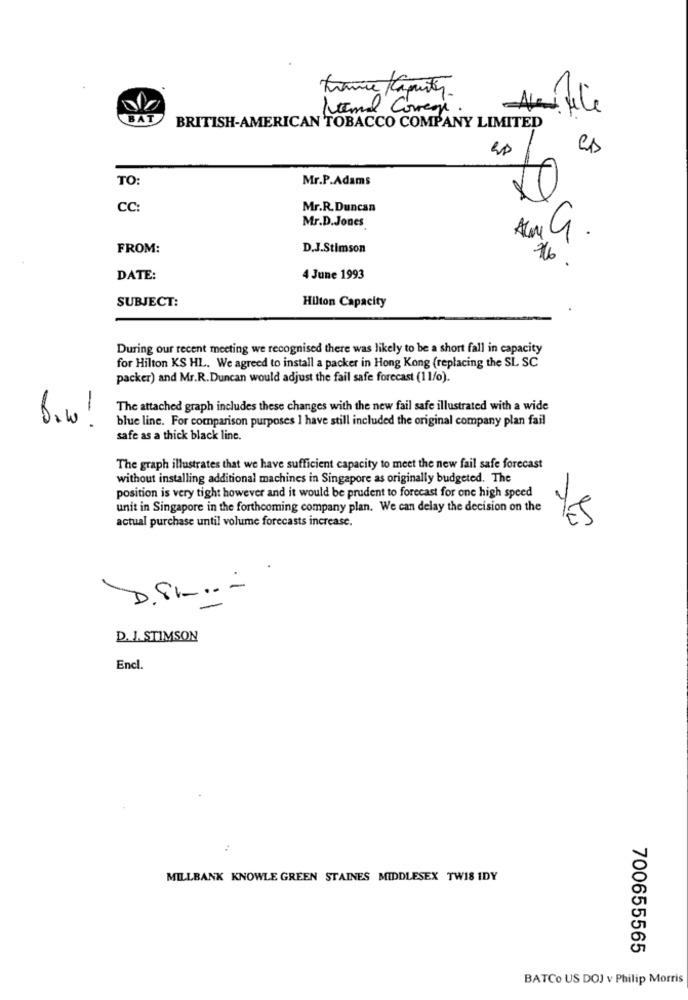
Kemal Correo.
BAT
BRITISH-AMERICAN TOBACCO COMPANY LIMITED
TO:
Mr.P.Adams
CC
Mr.R.Duncan
Mr.D.Jones
FROM:
D.J.Stimson
DATE:
4 June 1993
SUBJECT:
Hilton Capacity
During our recent meeting we recognised there was likely to be a short fall in capacity
for Hilton KS HL. We agreed to install a packer in Hong Kong (replacing the SL SC
packer) and Mr.R.Duncan would adjust the fail safe forecast (11/o).
The attached graph includes these changes with the new fail safe illustrated with a wide
Bin !
blue line. For comparison purposes I have still included the original company plan fail
safe as a thick black line.
The graph illustrates that we have sufficient capacity to meet the new fail safe forecast
without installing additional machines in Singapore as originally budgeted. The
position is very tight however and it would be prudent to forecast for one high speed
unit in Singapore in the forthcoming company plan. We can delay the decision on the
actual purchase until volume forecasts increase.
Yes
D.SI -.. -
D. J. STIMSON
Encl.
MILLBANK KNOWLE GREEN STAINES MIDDLESEX TWIS IDY
700655565
BATCo US DOJ v Philip Morris